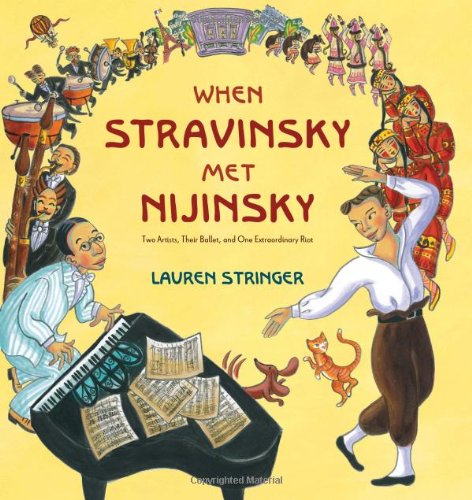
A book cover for When Stravinsky Met Nijinsky: Two Artists, Their Ballet, and One Extraordinary Riot; Lauren Stringer; Children's Books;